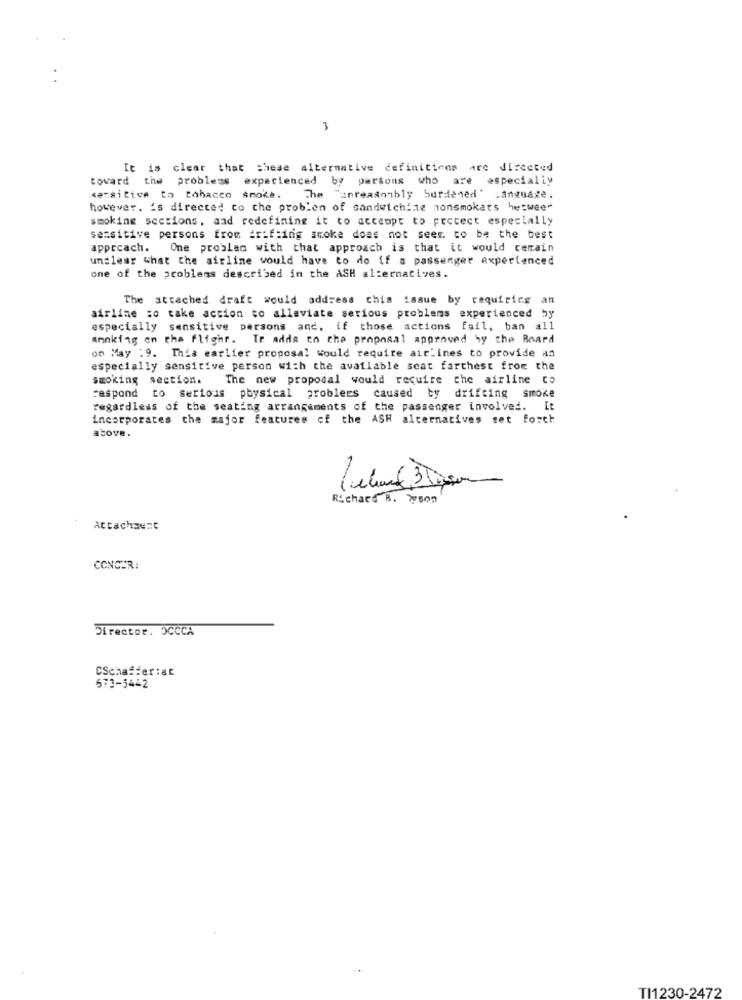
3
It is clear that shese alternative definitions are directed
toward the problems experienced by persons who are especially
sensitive to tobacco smoke. The "anreasonbly burdened* Language.
however. 's directed to che problen of sandwiching nonsmokers hetwee"
smoking sections, and redefining it to accenpt to protect especially
sensitive persons from Erif:ing smoke does not seer. to be the best
apprcach. One problem with that approach is that it would certain
unclear what the airline would have to do if a passenger experienced
one of the problems described in the ASH alternatives.
The attached draft would address chis issue by requiring a
airline :o take action to alleviate serious problems experienced by
especially sensitive persons and, if those actions fail, ban all
annking on the flight. Io adds to che proposal approved by the Board
on May : 9. This earlier proposal would require air'ines to provide an
especially sensitive person with the available scat farthest from the
smoking section.
The new proposal would require the airline co
respond to serious physical problems caused by drifting smoke
regardless of the seating arrangements of the passenger involved. It
incorporates the major features of the ASH alternatives set forth
above.
Richard B. son
Attachment
CONCER:
Director. OCCCA
CSchaffer:ac
573-54-2
TI1230-2472